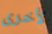
لأخرى